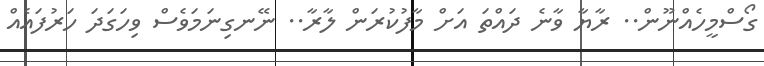
ގޯސްމީހެއްނޫން.. ރާޔާ ވާނެ ދައްތަ އަށް މާފުކުރަން ލާރާ.. ނޭނގިނަމަވެސް ވިހަގަދަ ހަރުފައެއް